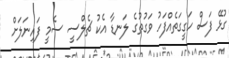
ގުޅޭ ފަސް ހަގީގަތެއްފަހު ވަގުތުގެ ލަނޑާ އެކު ޗެލްސީ ސެމީ ފައިނަލަށް